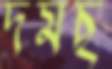
দমছ